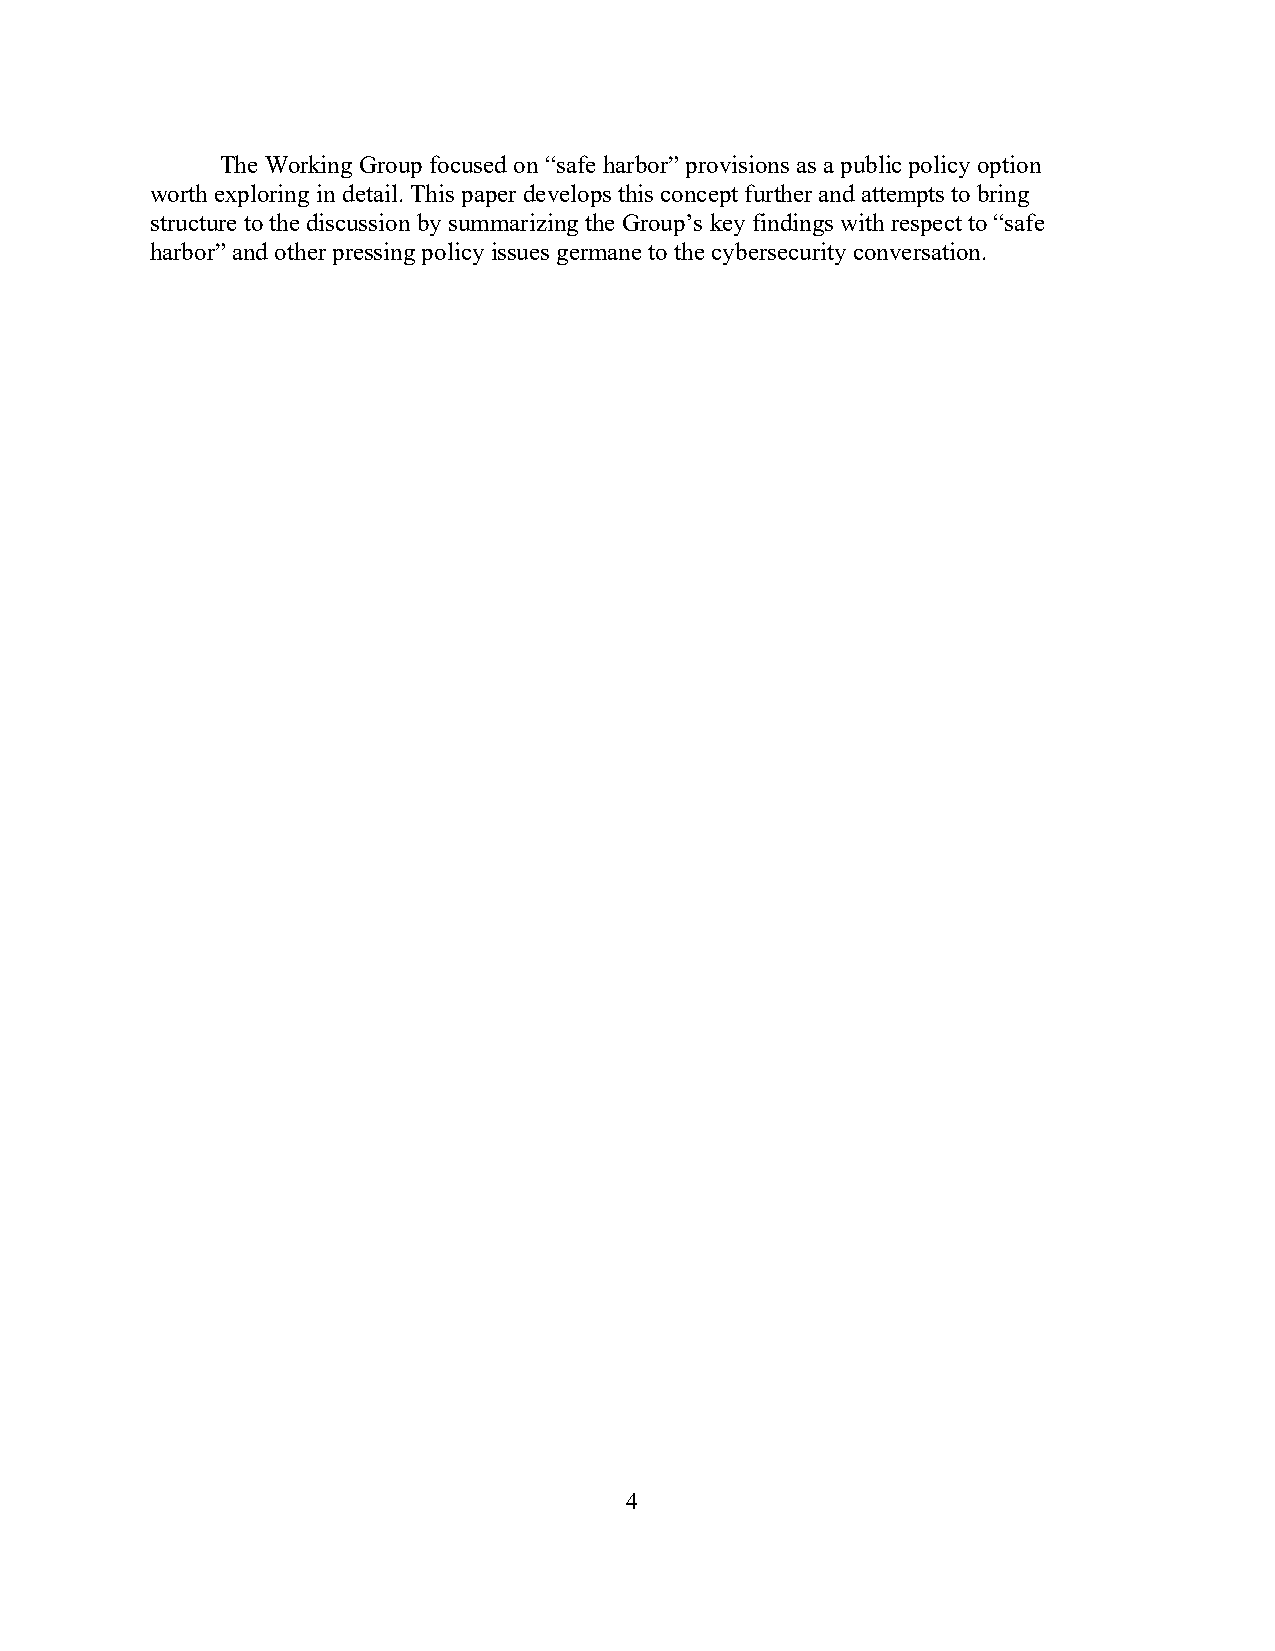
The Working Group focused on “safe harbor” provisions as a public policy option
 worth exploring in detail. This paper develops this concept further and attempts to bring
 structure to the discussion by summarizing the Group’s key findings with respect to “safe
 harbor” and other pressing policy issues germane to the cybersecurity conversation.
 4